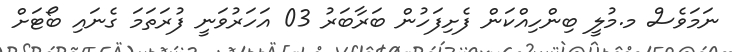
ނަމަވެސް މ.މުލީ ބިންހިއްކަން ފެށިފަހުން ބަރާބަރު 03 އަހަރުވަނީ ފުރަތަމަ ގެނައި ބޯޓަށް